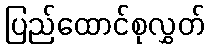
ပြည်ထောင်စုလွှတ်